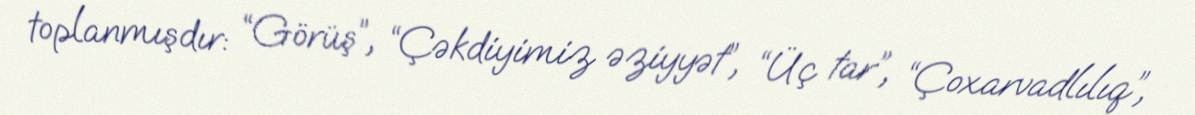
toplanmışdır: “Görüş”, “Çəkdiyimiz əziyyət”, “Üç tar”, “Çoxarvadlılıq”,